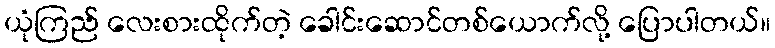
ယုံကြည် လေးစားထိုက်တဲ့ ခေါင်းဆောင်တစ်ယောက်လို့ ပြောပါတယ်။